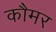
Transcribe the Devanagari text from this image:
कौमर